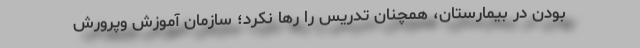
بودن در بیمارستان، همچنان تدریس را رها نکرد؛ سازمان آموزش وپرورش